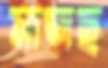
মাজছ